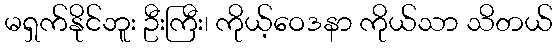
မရှက်နိုင်ဘူး ဦးကြီး၊ ကိုယ့်ဝေဒနာ ကိုယ်သာ သိတယ်